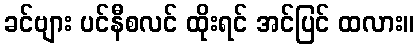
ခင်ဗျား ပင်နီစလင် ထိုးရင် အင်ပြင် ထလား။